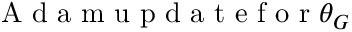
\mathrm { ~ A ~ d ~ a ~ m ~ u ~ p ~ d ~ a ~ t ~ e ~ f ~ o ~ r ~ } \theta _ { G }